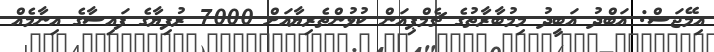
އިމޭޖަސް: އަބްދު އަބީދު މިމުބާރާތުގެ ޗެމްޕިއަން ކުޅުންތެރިޔާއަށް 7000 ރުފިޔާގެ ފައިސާގެ އިނާމެއް